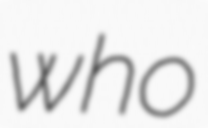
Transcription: who